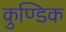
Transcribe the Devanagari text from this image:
कुण्डिक